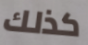
كذلك